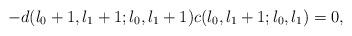
LaTeX: \begin{align*}-d(l_{0}+1,l_{1}+1;l_{0},l_{1}+1)c(l_{0},l_{1}+1;l_{0},l_{1})=0,\end{align*}